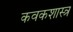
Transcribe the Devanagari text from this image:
कवकशास्त्र